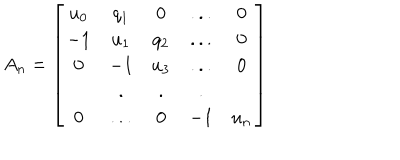
A _ { n } = \left[ \begin{array} { c c c c c } { { u _ { 0 } } } & { { q _ { 1 } } } & { { 0 } } & { { . . . } } & { { 0 } } \\ { { - 1 } } & { { u _ { 1 } } } & { { q _ { 2 } } } & { { . . . } } & { { 0 } } \\ { { 0 } } & { { - 1 } } & { { u _ { 3 } } } & { { . . . } } & { { 0 } } \\ { { } } & { { . } } & { { . } } & { { . } } & { { } } \\ { { 0 } } & { { . . . } } & { { 0 } } & { { - 1 } } & { { u _ { n } } } \\ \end{array} \right]